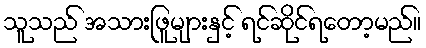
သူသည် အသားဖြူများနှင့် ရင်ဆိုင်ရတော့မည်။